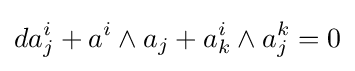
da_{j}^{i}+a^{i}\wedge a_{j}+a_{k}^{i}\wedge a_{j}^{k}=0